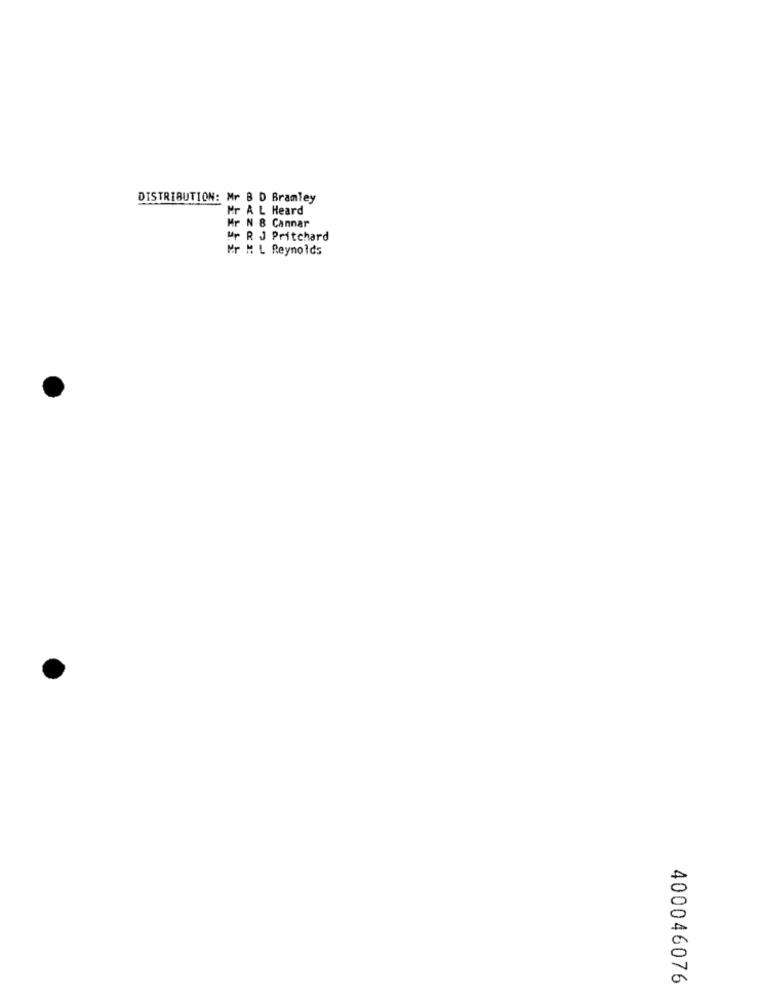
DISTRIBUTION: Mr B D Bramley
Mr A L Heard
Mr N & Cannar
Pr R J Pritchard
Mr H L Reynolds
400046076